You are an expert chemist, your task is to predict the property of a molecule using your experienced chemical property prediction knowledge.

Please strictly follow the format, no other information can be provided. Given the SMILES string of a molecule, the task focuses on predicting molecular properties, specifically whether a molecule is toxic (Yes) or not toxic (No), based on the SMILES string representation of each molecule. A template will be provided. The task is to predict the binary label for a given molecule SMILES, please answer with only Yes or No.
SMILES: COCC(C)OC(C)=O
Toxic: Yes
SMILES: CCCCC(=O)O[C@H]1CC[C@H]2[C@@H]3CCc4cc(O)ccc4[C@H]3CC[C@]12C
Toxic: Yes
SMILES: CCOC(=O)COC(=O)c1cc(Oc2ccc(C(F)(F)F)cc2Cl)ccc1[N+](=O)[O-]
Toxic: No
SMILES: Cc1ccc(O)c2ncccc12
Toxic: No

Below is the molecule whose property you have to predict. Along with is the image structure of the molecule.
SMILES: C=CCC1([C@H](C)CCC)C(=O)NC(=O)NC1=O
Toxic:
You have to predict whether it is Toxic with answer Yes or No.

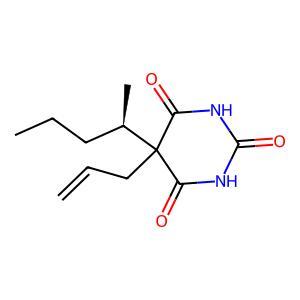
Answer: No